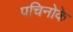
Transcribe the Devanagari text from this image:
पचिनोके